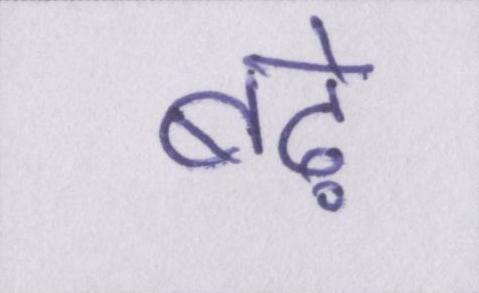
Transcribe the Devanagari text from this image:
बढ़े